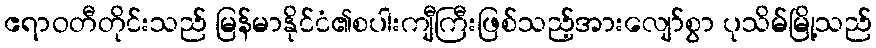
ဧရာဝတီတိုင်းသည် မြန်မာနိုင်ငံ၏စပါးကျီကြီးဖြစ်သည့်အားလျော်စွာ ပုသိမ်မြို့သည်